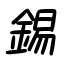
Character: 錫